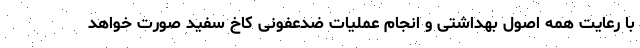
با رعایت همه اصول بهداشتی و انجام عملیات ضدعفونی کاخ سفید صورت خواهد